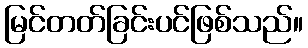
မြင်တတ်ခြင်းပင်ဖြစ်သည်။